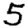
Digit: 5